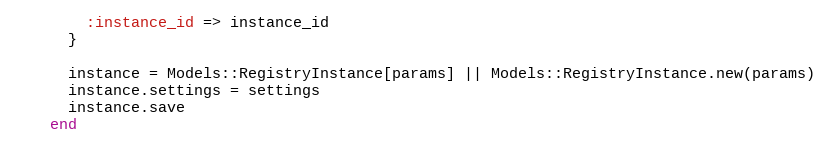
Language: Ruby
        :instance_id => instance_id
      }

      instance = Models::RegistryInstance[params] || Models::RegistryInstance.new(params)
      instance.settings = settings
      instance.save
    end